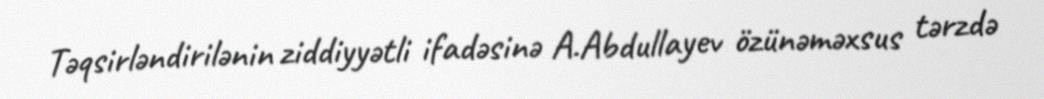
Təqsirləndirilənin ziddiyyətli ifadəsinə A.Abdullayev özünəməxsus tərzdə